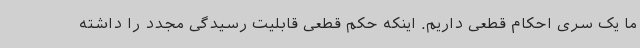
ما یک سری احکام قطعی داریم. اینکه حکم قطعی قابلیت رسیدگی مجدد را داشته